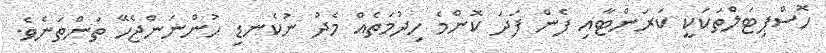
ހޮސްޕިޓަލްތަކަކީ ކަރަންޓާއި ފެން ފަދަ ކޮންމެ ހިދުމަތެއް މެދު ނުކެނޑި ހުންނަންޖެހޭ ތަންތަނެވެ.